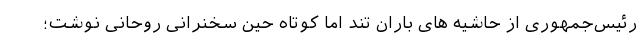
رئیس‌جمهوری از حاشیه های باران تند اما کوتاه حین سخنرانی روحانی نوشت؛